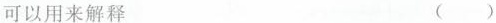
可以用来解释 （ ）